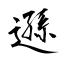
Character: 遜